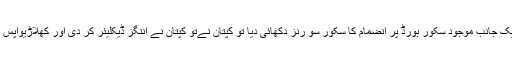
جونہی گرائونڈ کے ایک جانب موجود سکور بورڈ پر انضمام کا سکور سو رنز دکھائی دیا تو کپتان نےتو کپتان نے اننگز ڈیکلیئر کر دی اور کھلاڑیواپس پویلین میں چلے گئے۔